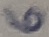
Text: 6